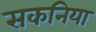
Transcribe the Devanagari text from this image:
सकनिया